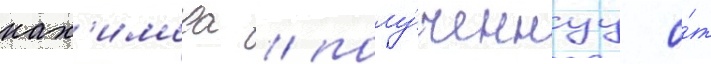
нах'имова / полу́ченнуу о́т